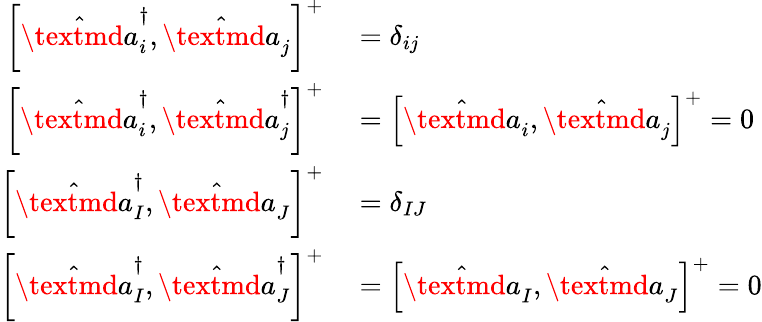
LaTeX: \begin{array}{rl}{\left[\hat{\textmd a}_{i}^{\dagger},\hat{\textmd a}_{j}\right]^{+}}&{{}=\delta_{ij}}\\ {\left[\hat{\textmd a}_{i}^{\dagger},\hat{\textmd a}_{j}^{\dagger}\right]^{+}}&{{}=\left[\hat{\textmd a}_{i},\hat{\textmd a}_{j}\right]^{+}=0}\\ {\left[\hat{\textmd a}_{I}^{\dagger},\hat{\textmd a}_{J}\right]^{+}}&{{}=\delta_{IJ}}\\ {\left[\hat{\textmd a}_{I}^{\dagger},\hat{\textmd a}_{J}^{\dagger}\right]^{+}}&{{}=\left[\hat{\textmd a}_{I},\hat{\textmd a}_{J}\right]^{+}=0}\end{array}